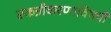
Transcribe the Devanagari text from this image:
एकत्रीकरणाविषयी